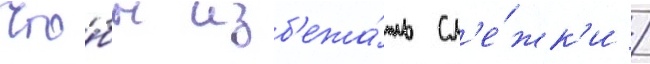
Что́бы изб'ежа́ть сл'е́жк'и /